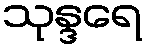
သုန္ဒရေ